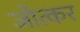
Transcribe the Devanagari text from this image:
जोत्कर